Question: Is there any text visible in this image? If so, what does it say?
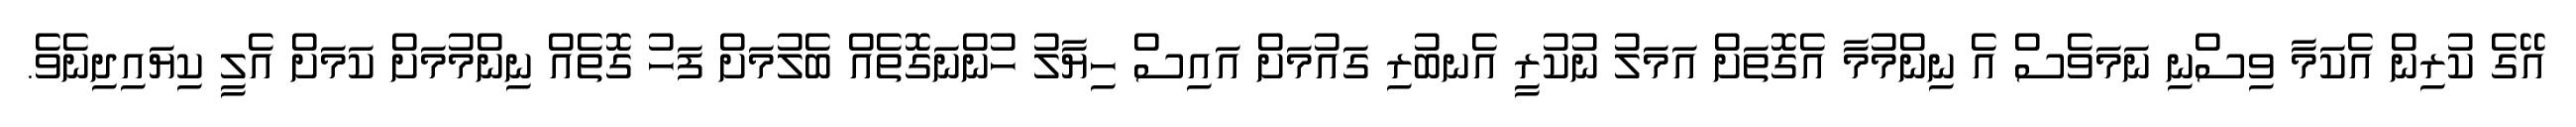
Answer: އޭގެ ކުރިން އެކަމާ ވިސްނި ނަމަވެސް އެ ނިންމުމާ އެގޮތަށް އަމަލު ނުކުރީ އެނބުރި ގައުމަށް އައިސް ހިޔާލު ހުންނަގޮތެއް ބެލުމަށް ފަހު ގޮތެއް ނިންމުމަށް ކަމަށް އެލީ ކިޔައިދިނެވެ.